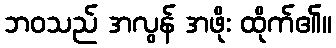
ဘဝသည် အလွန် အဖိုး ထိုက်၏။